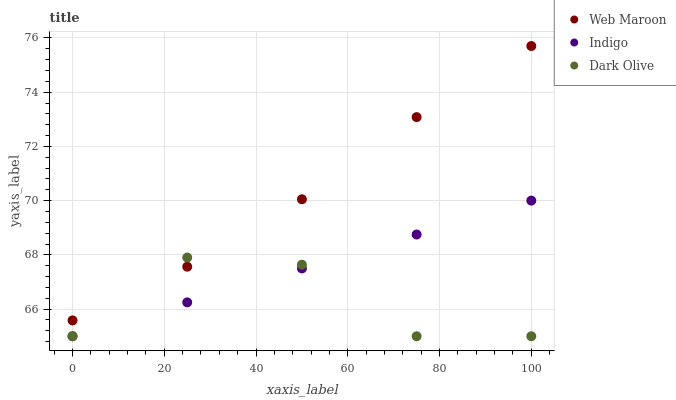
| xaxis_label | Web Maroon | Indigo | Dark Olive |
 | --- | --- | --- | --- |
 | 0 | 65.6 | 65 | 65 |
 | 25 | 67.6 | 66.3 | 67.9 |
 | 50 | 70.1 | 67.5 | 67.6 |
 | 75 | 73.1 | 68.8 | 65 |
 | 100 | 75.7 | 70 | 65 |